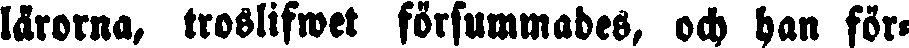
lärorna, troslifwet försummades, och han för-